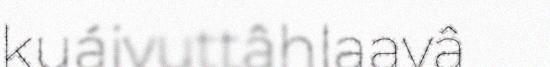
kuáivuttâhlaavâ